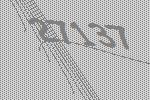
27137